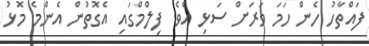
ފައްތާހު ހެން ހަމަ ވަރަށް ސަޅި އެވެ. ފިލްމްގައި އެގޮތުން އެންމެ މޮޅު